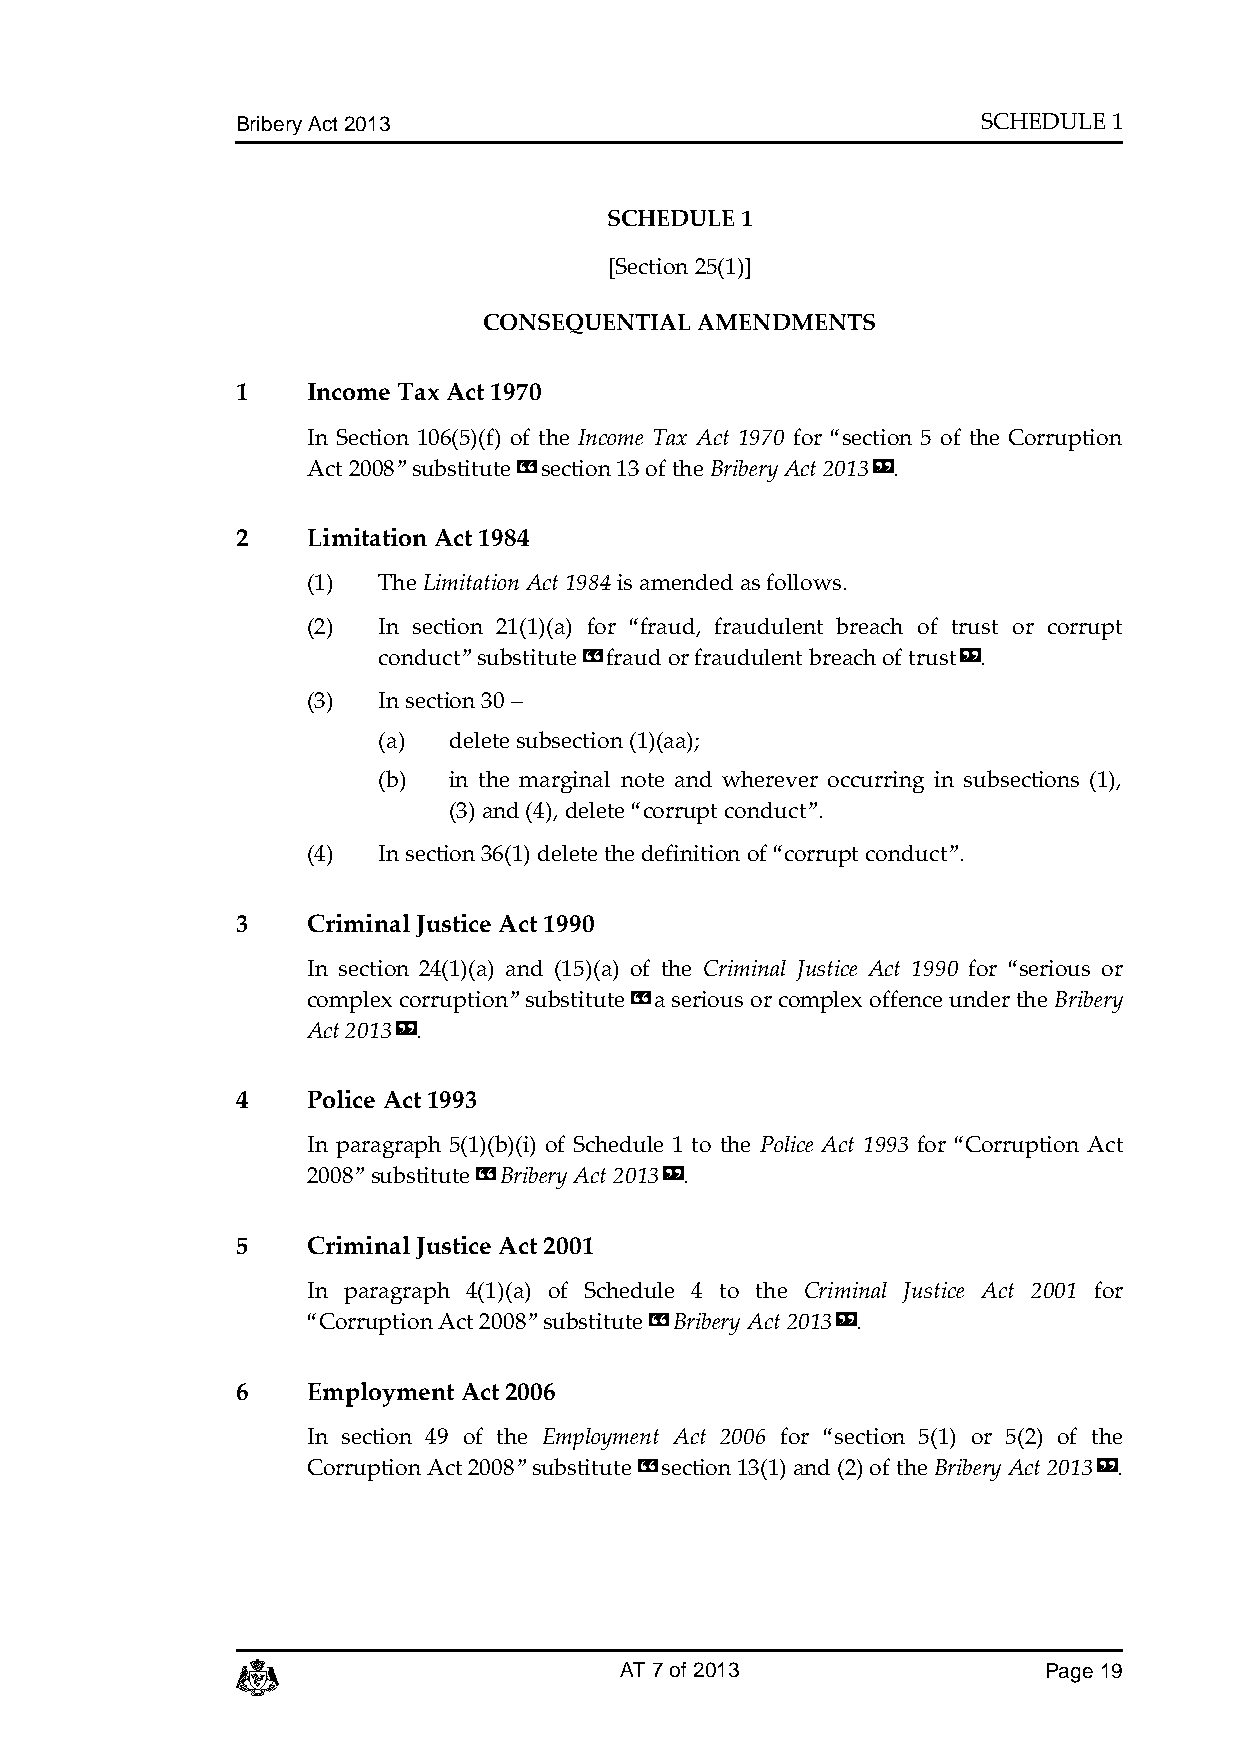
Bribery Act 2013                                 SCHEDULE 1
 SCHEDULE 1
 [Section 25(1)]
 CONSEQUENTIAL AMENDMENTS
 1   Income Tax Act 1970
 In Section 106(5)(f) of the Income Tax Act 1970 for “section 5 of the Corruption
 Act 2008” substitute «section 13 of the Bribery Act 2013».
 2   Limitation Act 1984
 (1)  The Limitation Act 1984 is amended as follows.
 (2)  In section 21(1)(a) for “fraud, fraudulent breach of trust or corrupt
 conduct” substitute «fraud or fraudulent breach of trust».
 (3)  In section 30 –
 (a)  delete subsection (1)(aa);
 (b)  in the marginal note and wherever occurring in subsections (1),
 (3) and (4), delete “corrupt conduct”.
 (4)  In section 36(1) delete the definition of “corrupt conduct”.
 3   Criminal Justice Act 1990
 In section 24(1)(a) and (15)(a) of the Criminal Justice Act 1990 for “serious or
 complex corruption” substitute «a serious or complex offence under the Bribery
 Act 2013».
 4   Police Act 1993
 In paragraph 5(1)(b)(i) of Schedule 1 to the Police Act 1993 for “Corruption Act
 2008” substitute «Bribery Act 2013».
 5   Criminal Justice Act 2001
 In paragraph 4(1)(a) of Schedule 4 to the Criminal Justice Act 2001 for
 “Corruption Act 2008” substitute «Bribery Act 2013».
 6   Employment Act 2006
 In section 49 of the Employment Act 2006 for “section 5(1) or 5(2) of the
 Corruption Act 2008” substitute «section 13(1) and (2) of the Bribery Act 2013».
 c                        AT 7 of 2013                Page 19